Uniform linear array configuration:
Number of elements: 8
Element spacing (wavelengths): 0.25
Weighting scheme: blackman
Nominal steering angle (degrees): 60
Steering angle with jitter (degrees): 59.471
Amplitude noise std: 0.05
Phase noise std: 0.05

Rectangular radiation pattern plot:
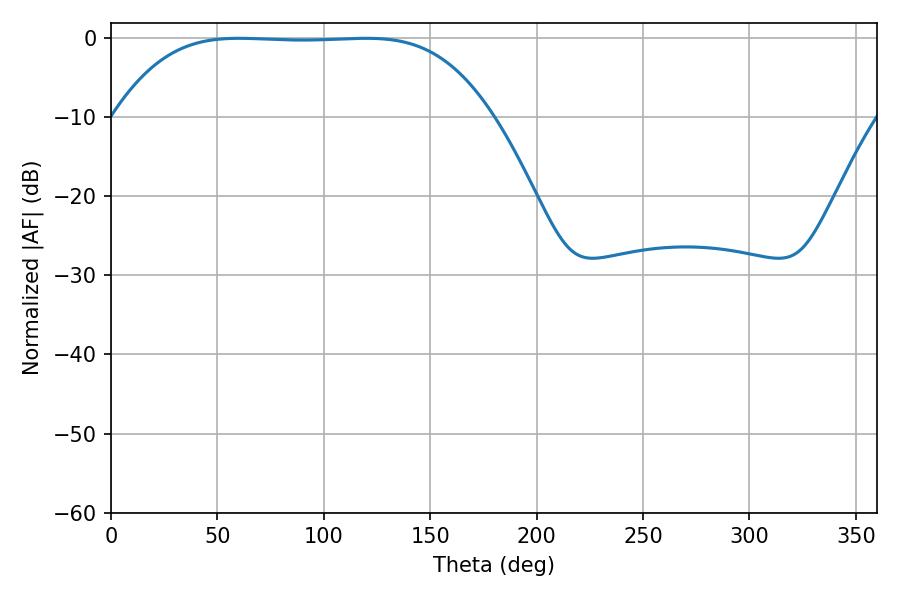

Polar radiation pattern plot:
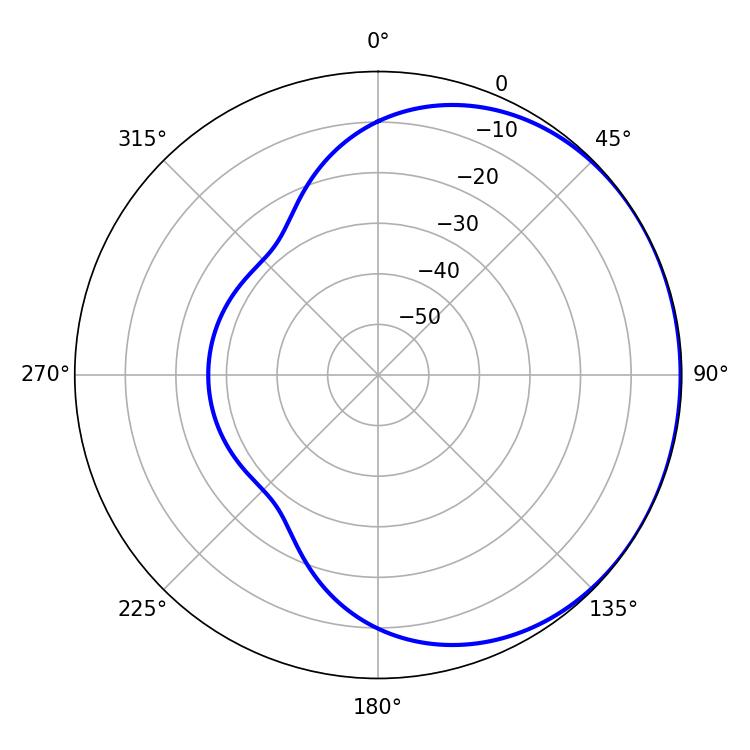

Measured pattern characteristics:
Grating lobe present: FALSE
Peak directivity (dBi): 0.5709
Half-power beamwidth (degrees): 135
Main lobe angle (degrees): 60.12